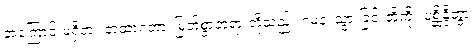
အကြောင်းမရှိဘဲ။ တထာဂတာ၊ မြတ်စွာဘုရားတို့သည်။ ဂမနံ၊ သွားခြင်းတို့ကို။ ပစ္ဆိန္ဒိတွာ၊